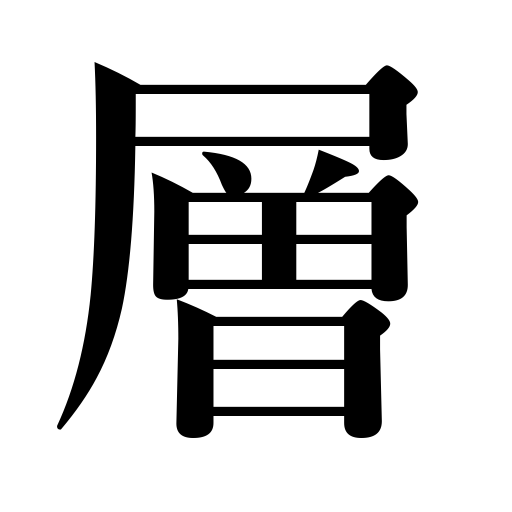
Meanings: stratum,formation,story,course of stones,bed,layer,seam,social class,floor